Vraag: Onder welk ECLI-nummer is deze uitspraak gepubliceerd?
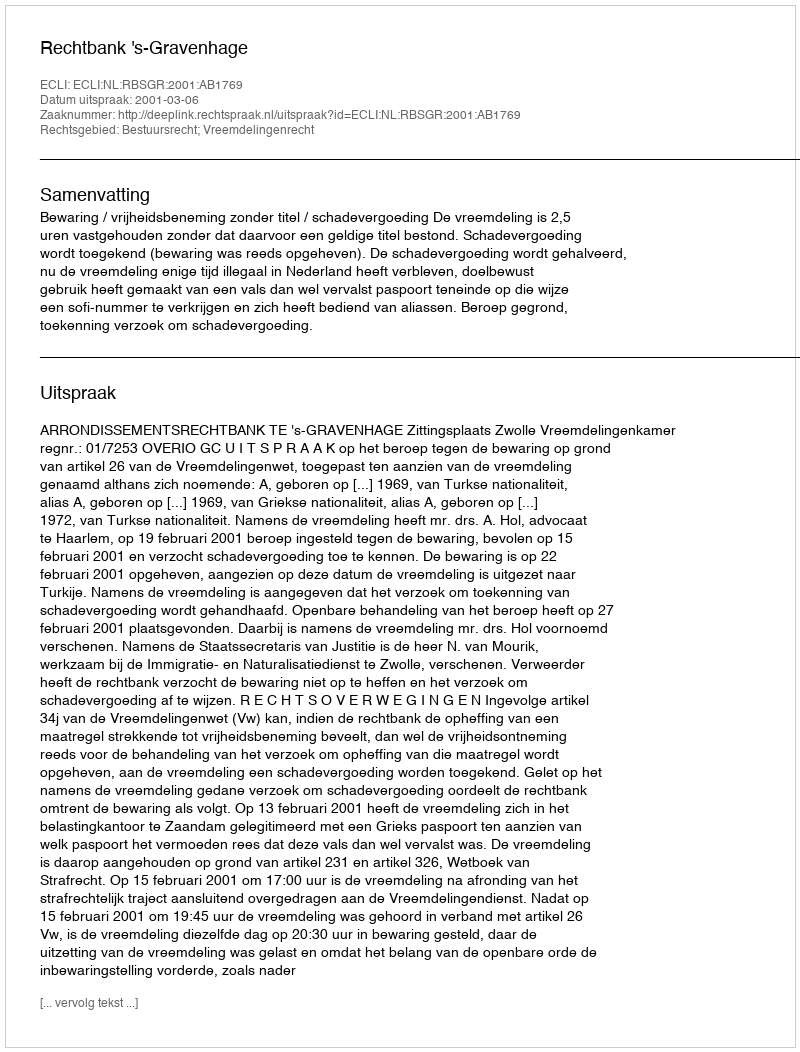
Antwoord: ECLI:NL:RBSGR:2001:AB1769